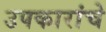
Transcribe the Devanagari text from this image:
उपकारांचे